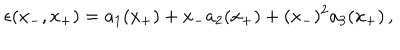
\epsilon ( x _ { - } , x _ { + } ) = a _ { 1 } ( x _ { + } ) + x _ { - } a _ { 2 } ( x _ { + } ) + ( x _ { - } ) ^ { 2 } a _ { 3 } ( x _ { + } ) \, ,